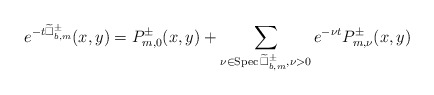
\begin{align*} e^{-t\widetilde{\Box}^{\pm}_{b,m}}(x,y)=P^{\pm}_{m,0}(x,y)+\sum_{\nu\in\mathrm{Spec\,}\widetilde{\Box}^{\pm}_{b,m},\nu>0}e^{-\nu t}P^{\pm}_{m,\nu}(x,y)\end{align*}